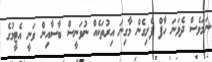
ނަމަވެސް ދެވަނަ ހާފް ފެށިގެން މާގިނަ އިރުތަކެއް ނުވަނީސް ބާސާއިން ވަނީ އެޓީމުގެ